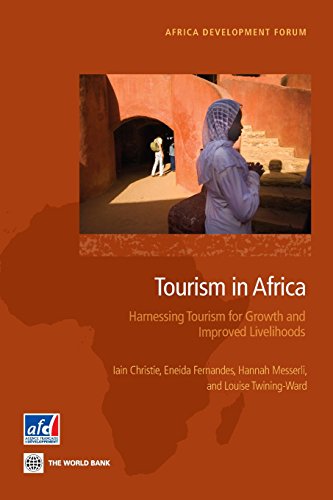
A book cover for Tourism in Africa: Harnessing Tourism for Growth and Improved Livelihoods (Africa Development Forum); Iain Christie; Travel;